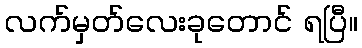
လက်မှတ်လေးခုတောင် ရပြီ။